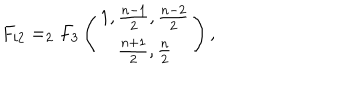
F _ { i 2 } = _ { 2 } F _ { 3 } \left( \begin{matrix} { { 1 , \frac { n - 1 } { 2 } , \frac { n - 2 } { 2 } } } \\ { { \frac { n + 1 } { 2 } , \frac { n } { 2 } } } \\ \end{matrix} \right) ,